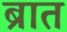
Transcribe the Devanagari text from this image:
ब्रात